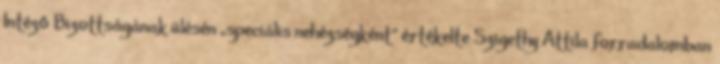
Intéző Bizottságának ülésén „speciális nehézségként” értékelte Szigethy Attila forradalomban